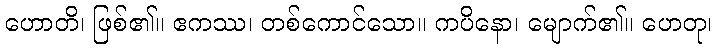
ဟောတိ၊ ဖြစ်၏။ ဧကဿ၊ တစ်ကောင်သော။ ကပိနော၊ မျောက်၏။ ဟေတု၊